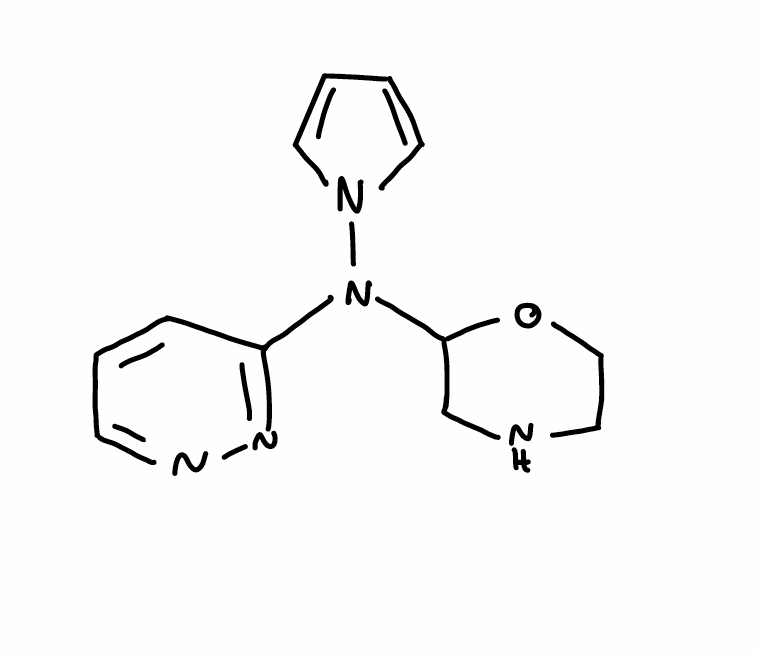
Simplified molecular-input line-entry system (SMILES) notation of the given molecule:
C1COC(CN1)N(C2=NN=CC=C2)N3C=CC=C3